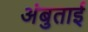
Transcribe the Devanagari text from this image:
अंबुताई